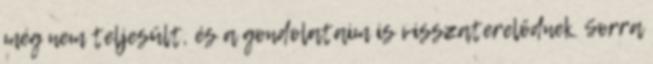
még nem teljesült, és a gondolataim is visszaterelődnek. Sorra